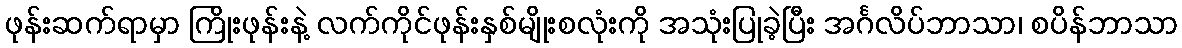
ဖုန်းဆက်ရာမှာ ကြိုးဖုန်းနဲ့ လက်ကိုင်ဖုန်းနှစ်မျိုးစလုံးကို အသုံးပြုခဲ့ပြီး အင်္ဂလိပ်ဘာသာ၊ စပိန်ဘာသာ